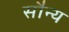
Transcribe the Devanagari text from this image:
सौन्य